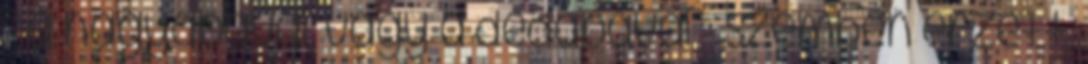
- a nagyapával, vagy a dédapával - szemben érzett,